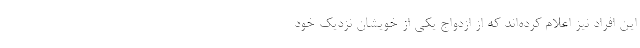
این افراد نیز اعلام کرده‌اند که از ازدواج یکی از خویشان نزدیک خود